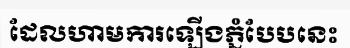
ដែលហាមការឡើងភ្នំបែបនេះ